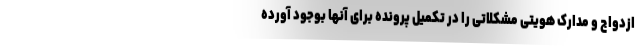
ازدواج و مدارک هویتی مشکلاتی را در تکمیل پرونده برای آنها بوجود آورده